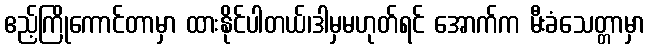
ဧည့်ကြိုကောင်တာမှာ ထားနိုင်ပါတယ်၊ဒါမှမဟုတ်ရင် အောက်က မီးခံသေတ္တာမှာ